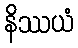
နိဿယံ